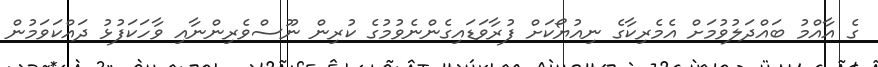
ގެ އާއްމު ބައްދަލުވުމަށް އެމެރިކާގެ ނިއުޔޯކަށް ފުރާވަޑައިގެންނެވުމުގެ ކުރިން ނޫސްވެރިންނާއި ވާހަކަފުޅު ދައްކަވަމުން